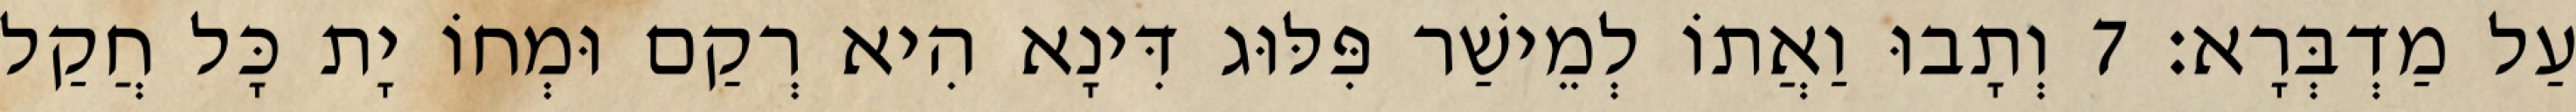
עַל מַדְבְּרָא׃ 7 וְתָבוּ וַאֲתוֹ לְמֵישַׁר פִּלּוּג דִּינָא הִיא רְקַם וּמְחוֹ יָת כָּל חֲקַל